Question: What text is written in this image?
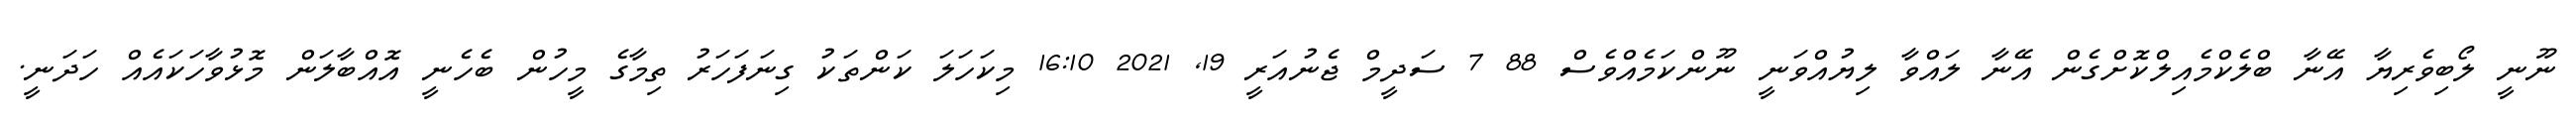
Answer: ނޫނީ ލޯބިވެރިޔާ އޭނާ ބްލެކްމެއިލްކޮށްގެން އޭނާ ލައްވާ ލިޔުއްވަނީ ނޫންކަމެއްވެސް 88 7 ސަދީމް ޖެނުއަރީ 19, 2021 16:10 މިކަހަލަ ކަންތަކު ގިނަފަހަރު ތިމާގެ މީހުން ބެހެނީ އޮއްބާލަން މޮޅުވާހަކައެއް ހަދަނީ.